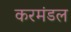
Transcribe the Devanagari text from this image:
करमंडल